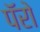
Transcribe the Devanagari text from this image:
पॅरो